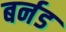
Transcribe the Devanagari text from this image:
बर्नड